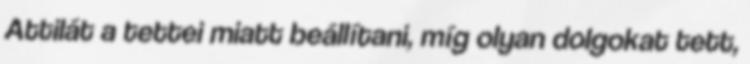
Attilát a tettei miatt beállítani, míg olyan dolgokat tett,